Report of the Indian Hemp Drugs Commission, 1894-1895 - Volume IV
Year: 1894
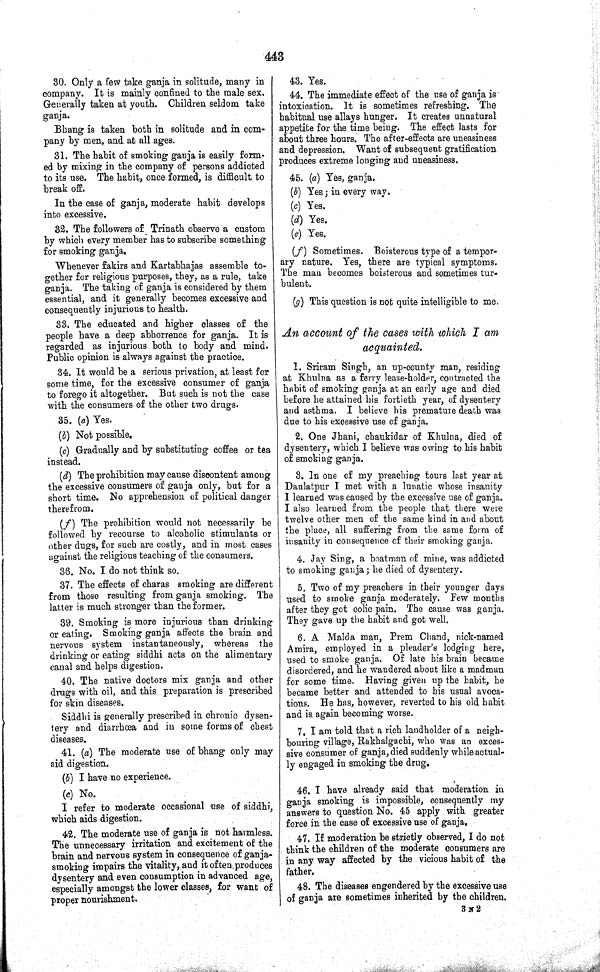
443
30. Only a few take ganja in solitude, many in
company. It is mainly confined to the male sex.
Generally taken at youth. Children seldom take
ganja.
Bhang is taken both in solitude and in com-
pany by men, and at all ages.
31. The habit of smoking ganja is easily form-
ed by mixing in the company of persons addicted
to its use. The habit, once formed, is difficult to
break off.
In the case of ganja, moderate habit develops
into excessive.
32. The followers of Trinath observe a custom
by which every member has to subscribe something
for smoking ganja.
Whenever fakirs and Kartabhajas assemble to-
gether for religious purposes, they, as a rule, take
ganja. The taking of ganja is considered by them
essential, and it generally becomes excessive and
consequently injurious to health.
33. The educated and higher classes of the
people have a deep abhorrence for ganja. It is
regarded as injurious both to body and mind.
Public opinion is always against the practice.
34. It would be a serious privation, at least for
some time, for the excessive consumer of ganja
to forego it altogether. But such is not the case
with the consumers of the other two drugs.
35. (a) Yes.
(b) Not possible.
(c) Gradually and by substituting coffee or tea
instead.
(d) The prohibition may cause discontent among
the excessive consumers of ganja only, but for a
short time. No apprehension of political danger
therefrom.
(f) The prohibition would not necessarily be
followed by recourse to alcoholic stimulants or
other dugs, for such are costly, and in most cases
against the religious teaching of the consumers.
36. No. I do not think so.
37. The effects of charas smoking are different
from those resulting from ganja smoking. The
latter is much stronger than the former.
39. Smoking is more injurious than drinking
or eating. Smoking ganja affects the brain and
nervous system instantaneously, whereas the
drinking or eating siddhi acts on the alimentary
canal and helps digestion.
40. The native doctors mix ganja and other
drugs with oil, and this preparation is prescribed
for skin diseases.
Siddhi is generally prescribed in chronic dysen-
tery and diarrhœa and in some forms of chest
diseases.
41. (a) The moderate use of bhang only may
aid digestion.
(b) I have no experience.
(c) No.
I refer to moderate occasional use of siddhi,
which aids digestion.
42. The moderate use of ganja is not harmless.
The unnecessary irritation and excitement of the
brain and nervous system in consequence of ganja-
smoking impairs the vitality, and it often produces
dysentery and even consumption in advanced age,
especially amongst the lower classes, for want of
proper nourishment.
43. Yes.
44. The immediate effect of the use of ganja is
intoxication. It is sometimes refreshing. The
habitual use allays hunger. It creates unnatural
appetite for the time being. The effect lasts for
about three hours. The after-effects are uneasiness
and depression. Want of subsequent gratification
produces extreme longing and uneasiness.
45. (a) Yes, ganja.
(b) Yes; in every way.
(c) Yes.
(d) Yes.
(e) Yes.
(f) Sometimes. Boisterous type of a tempor-
ary nature. Yes, there are typical symptoms.
The man becomes boisterous and sometimes tur-
bulent.
(g) This question is not quite intelligible to me.
An account of the cases with which I am
acquainted.
1. Sriram Singh, an up-county man, residing
at Khulna as a ferry lease-holder, contracted the
habit of smoking ganja at an early age and died
before he attained his fortieth year, of dysentery
and asthma. I believe his premature death was
due to his excessive use of ganja.
2. One Jhani, chaukidar of Khulna, died of
dysentery, which I believe was owing to his habit
of smoking ganja.
3. In one of my preaching tours last year at
Daulatpur I met with a lunatic whose insanity
I learned was caused by the excessive use of ganja.
I also learned from the people that there were
twelve other men of the same kind in and about
the place, all suffering from the same form of
insanity in consequence of their smoking ganja.
4. Jay Sing, a boatman of mine, was addicted
to smoking ganja; he died of dysentery.
5. Two of my preachers in their younger days
used to smoke ganja moderately. Few months
after they got colic pain. The cause was ganja.
They gave up the habit and got well.
6. A Malda man, Prem Chand, nick-named
Amira, employed in a pleader's lodging here,
used to smoke ganja. Of late his brain became
disordered, and he wandered about like a madman
for some time. Having given up the habit, he
became better and attended to his usual avoca-
tions. He has, however, reverted to his old habit
and is. again becoming worse.
7. I am told that a rich landholder of a neigh-
bouring village, Rakhalgachi, who was an exces-
sive consumer of ganja, died suddenly while actual-
ly engaged in smoking the drug.
46. I have already said that moderation in
ganja smoking is impossible, consequently my
answers to question No. 45 apply with greater
force in the case of excessive use of ganja.
47. If moderation be strictly observed, I do not
think the children of the moderate consumers are
in any way affected by the vicious habit of the
father.
48. The diseases engendered by the excessive use
of ganja are sometimes inherited by the children.
3 N 2